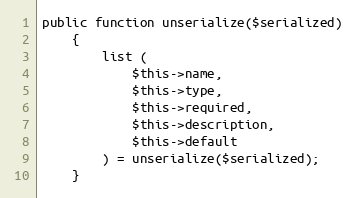
Language: PHP
public function unserialize($serialized)
    {
        list (
            $this->name,
            $this->type,
            $this->required,
            $this->description,
            $this->default
        ) = unserialize($serialized);
    }